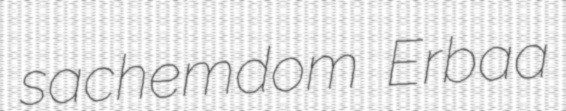
sachemdom Erbaa